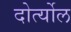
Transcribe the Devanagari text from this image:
दोर्त्योल